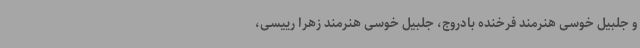
و جلبیل خوسی هنرمند فرخنده بادروج، جلبیل خوسی هنرمند زهرا رییسی،